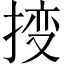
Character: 𫽕